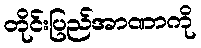
တိုင်းပြည်အာဏာကို